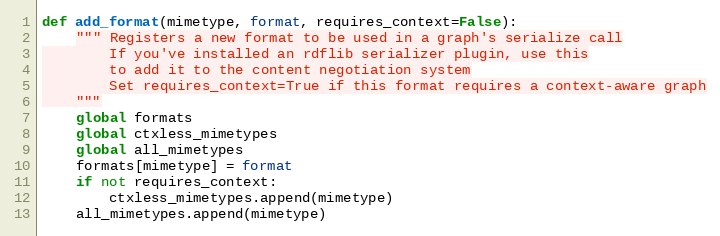
Language: Python
def add_format(mimetype, format, requires_context=False):
	""" Registers a new format to be used in a graph's serialize call
	    If you've installed an rdflib serializer plugin, use this
	    to add it to the content negotiation system
	    Set requires_context=True if this format requires a context-aware graph
	"""
	global formats
	global ctxless_mimetypes
	global all_mimetypes
	formats[mimetype] = format
	if not requires_context:
		ctxless_mimetypes.append(mimetype)
	all_mimetypes.append(mimetype)